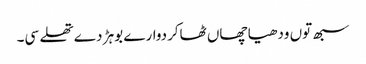
سبھ توں ودھیا چھاں ٹھاکردوارے بوہڑ دے تھلے سی۔